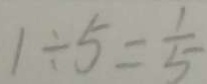
1 \div 5 = \frac { 1 } { 5 }